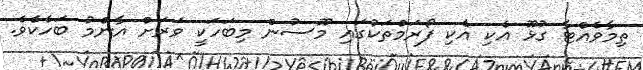
ތިމާވެއްޓާ ގުޅޫ އެކި އެކި ފޯރަމްތަކުގައި މޫސުން މިބަހަކީ ވަރަށް އާންމު ބަހެކެވެ.